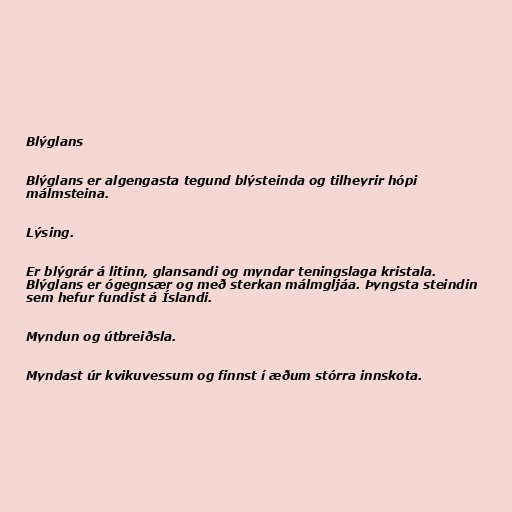
Blýglans

Blýglans er algengasta tegund blýsteinda og tilheyrir hópi
málmsteina.

Lýsing.

Er blýgrár á litinn, glansandi og myndar teningslaga kristala.
Blýglans er ógegnsær og með sterkan málmgljáa. Þyngsta steindin
sem hefur fundist á Íslandi.

Myndun og útbreiðsla.

Myndast úr kvikuvessum og finnst í æðum stórra innskota.